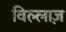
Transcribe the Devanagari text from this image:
विल्लाज़